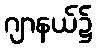
ဂျာနယ်၌